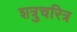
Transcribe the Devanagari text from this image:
शत्रुचरित्र